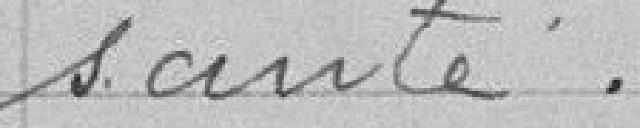
santé.